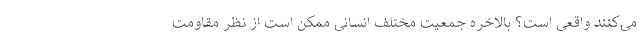
می‌کنند واقعی است؟ بالاخره جمعیت مختلف انسانی ممکن است از نظر مقاومت